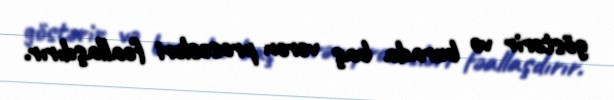
göstərir və burada baş verən prosesləri fəallaşdırır.